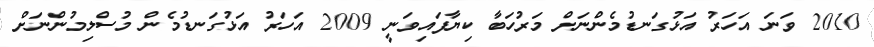
2010 ވަނަ އަހަރު އަޅުގަނޑުމެންނަށް މަރުހަބާ ކިޔާފައިވަނީ 2009 އަހަރު އަޅުގަނޑުމެން މުސްލިމުންނަށް